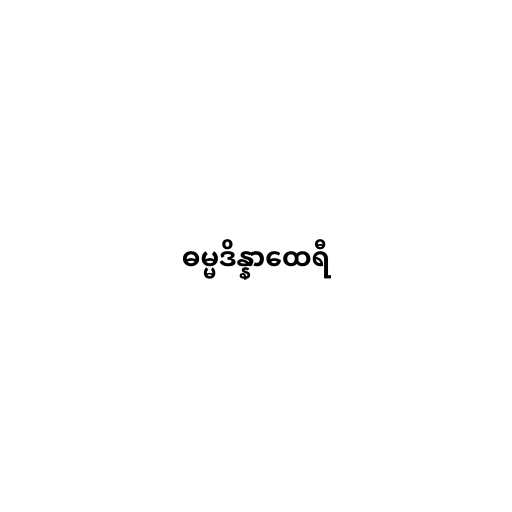
ဓမ္မဒိန္နာထေရီ